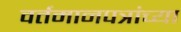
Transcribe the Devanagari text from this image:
वर्तमानपत्रांच्या